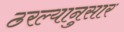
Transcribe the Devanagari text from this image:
ठरल्यानुसार